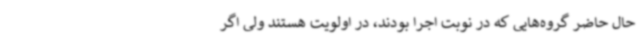
حال حاضر گروه‌هایی که در نوبت اجرا بودند، در اولویت هستند ولی اگر